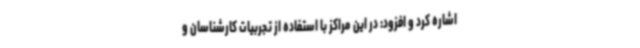
اشاره کرد و افزود: در این مراکز با استفاده از تجربیات کارشناسان و